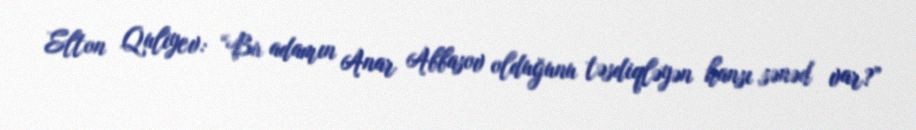
Elton Quliyev: “Bu adamın Anar Abbasov olduğunu təsdiqləyən hansı sənəd var?”